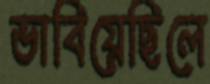
ভাবিয়েছিলে